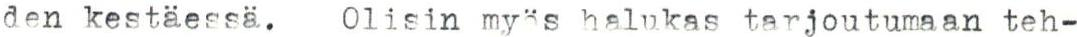
den kestäessä. Olisin myös halukas tarjoutumaan teh-